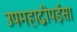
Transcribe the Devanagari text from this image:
उपमहाद्वीपईसा